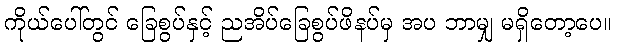
ကိုယ်ပေါ်တွင် ခြေစွပ်နှင့် ညအိပ်ခြေစွပ်ဖိနပ်မှ အပ ဘာမျှ မရှိတော့ပေ။